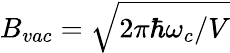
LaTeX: B_{vac}=\sqrt{2\pi\hbar\omega_{c}/V}